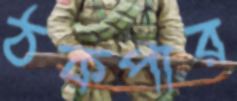
ঠকপার